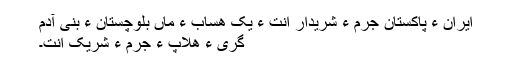
ایران ءُ پاکستان جرم ءِ شریدار اَنت ءُ یک ھساب ءَ ماں بلوچستان ءَ بنی آدم
گری ءِ ھلاپ ءَ جرم ءَ شریک اَنت۔